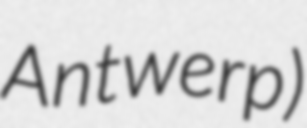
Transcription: Antwerp)